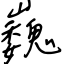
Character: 巍